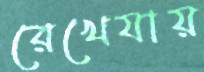
রেখেযায়